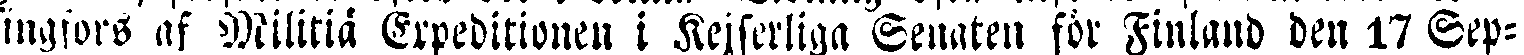
singfors af Militiä Expeditionen i Kejserliga Senaten för Finland den 17 Sep-